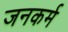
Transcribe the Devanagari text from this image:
जनकर्म